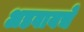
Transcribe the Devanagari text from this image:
अडवायचे